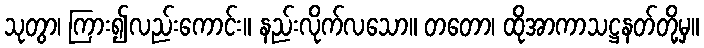
သုတွာ၊ ကြား၍လည်းကောင်း။ နည်းလိုက်လသော။ တတော၊ ထိုအာကာသဋ္ဌနတ်တို့မှ။